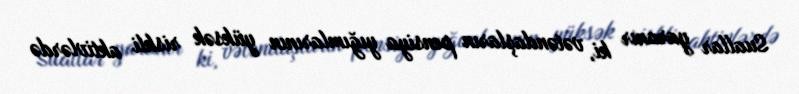
Suallar yaranır ki, vətəndaşların pensiya yığımlarının yüksək riskli aktivlərdə